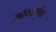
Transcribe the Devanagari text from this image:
उठविण्याकरिता